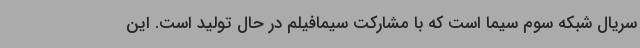
سریال شبکه سوم سیما است که با مشارکت سیمافیلم در حال تولید است. این